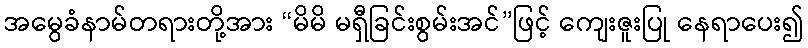
အမွေခံနာမ်တရားတို့အား “မိမိ မရှီခြင်းစွမ်းအင်”ဖြင့် ကျေးဇူးပြု နေရာပေး၍